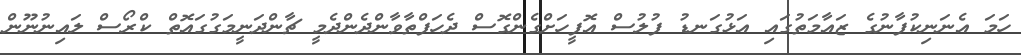
ހަމަ އެނަނިކުފާނުގެ ޒައާމަތުގައިި އަޅުގަނޑު ފުލުސް އޮފީހަށްގެންގޮސް ދެހަފްތާވާންދެންދެމީ ޗާންދަނީމަގުގައޮތް ކްރޯސް ލައިނުނޫންް